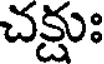
చక్షుః